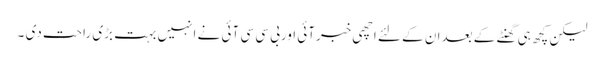
لیکن کچھ ہی گھنٹے کے بعدان کے لئے اچھی خبرآئی اوربی سی سی آئی نے انہیں بہت بڑی راحت دی ۔